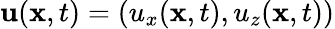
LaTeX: {\mathbf u}({\mathbf x},t)=(u_{x}({\mathbf x},t),u_{z}({\mathbf x},t))